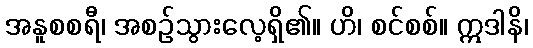
အနူစစရီ၊ အစဉ်သွားလေ့ရှိ၏။ ဟိ၊ စင်စစ်။ ဣဒါနိ၊